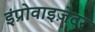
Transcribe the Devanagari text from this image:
इंप्रोवाइज़ेटर